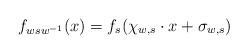
LaTeX: \begin{align*}f_{wsw^{-1}}(x)=f_s(\chi_{w,s}\cdot x+\sigma_{w,s})\end{align*}